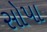
સોપા